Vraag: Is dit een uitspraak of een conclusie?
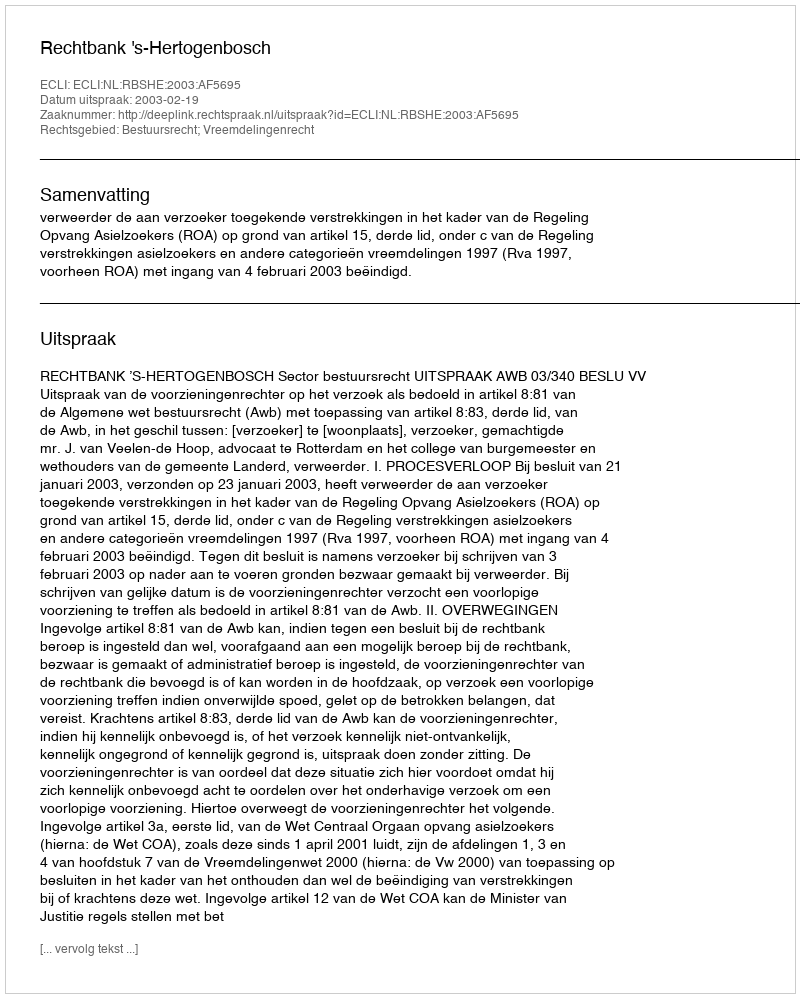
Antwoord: Uitspraak